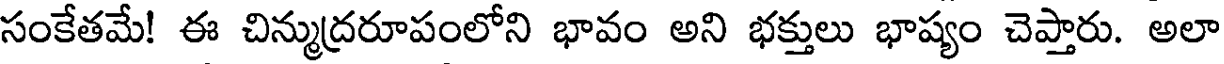
సంకేతమే! ఈ చిన్ముద్రరూపంలోని భావం అని భక్తులు భాష్యం చెప్తారు. అలా